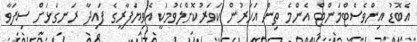
އެބޮޑު އިންވެސްޓްމަންޓް އެންމެ ތިން އަހަރުން ކަވަރުކޮށްލެވުމަކީ އެވިޔަފާރީގެ ފައިދާ ރަނގަޅަށް ސިފަވާ